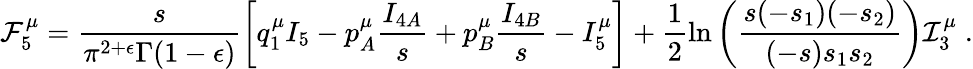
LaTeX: {\cal F}_{5}^{\mu}=\frac{s}{\pi^{2+\epsilon}\Gamma(1-\epsilon)}\biggl[q_{1}^{\mu}I_{5}-p_{A}^{\mu}\frac{I_{4A}}{s}+p_{B}^{\mu}\frac{I_{4B}}{s}-I_{5}^{\mu}\biggr]+\frac{1}{2}\ln\left(\frac{s(-s_{1})(-s_{2})}{(-s)s_{1}s_{2}}\right){\cal I}_{3}^{\mu}\; .